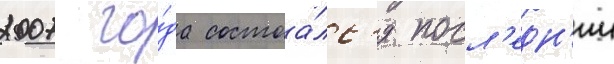
2007 го́да состоа́лс'я посл'едн'ии